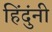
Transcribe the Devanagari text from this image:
हिंदुंनी